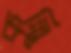
কুল্লি